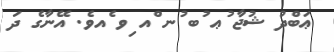
ޢަބްދު ޝުޖާ ުޢ ުބ ުނ ްއ ިވ ެއވެ. އޭނާގެ ދަ